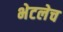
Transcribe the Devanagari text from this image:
भेटलेच